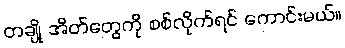
တချို့ အိတ်တွေကို စစ်လိုက်ရင် ကောင်းမယ်။